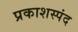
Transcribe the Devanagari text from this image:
प्रकाशस्पंद